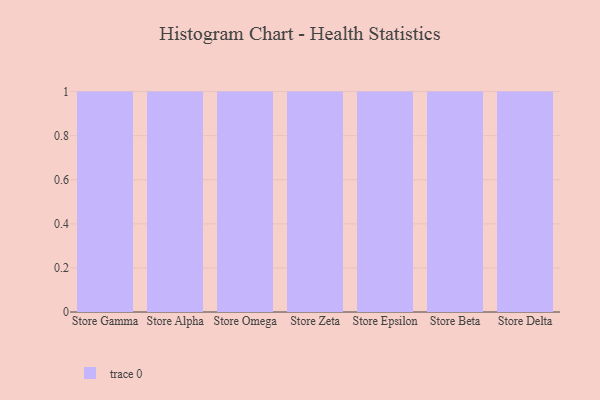
{"axis": {"x": "Store", "y": "Latency (ms)"}, "legend": [""], "data": [{"x": "Store Gamma", "y": 58, "type": ""}, {"x": "Store Alpha", "y": 9, "type": ""}, {"x": "Store Omega", "y": 32, "type": ""}, {"x": "Store Zeta", "y": 94, "type": ""}, {"x": "Store Epsilon", "y": 100, "type": ""}, {"x": "Store Beta", "y": 5, "type": ""}, {"x": "Store Delta", "y": 59, "type": ""}]}